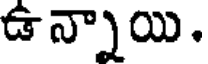
ఉన్నాయి.